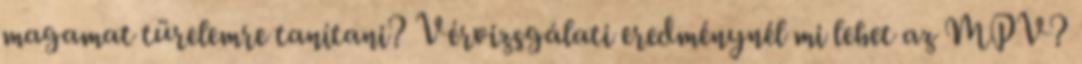
magamat türelemre tanítani? Vérvizsgálati eredménynél mi lehet az MPV?